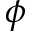
\phi